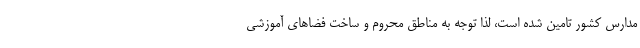
مدارس کشور تامین شده است، لذا توجه به مناطق محروم و ساخت فضاهای آموزشی